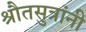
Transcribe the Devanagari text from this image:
श्रौतसुत्रांनी